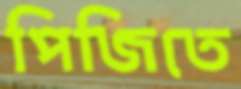
পিজিতে